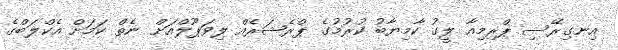
އިނގިރޭސި ޕްރިމިއާ ލީގު ކާމިޔާބު ކުރުމުގެ ޕްރެޝަރެއް ލިވަޕޫލްއަށް ނެތް ކަމަށް އެކްލަބްގެ